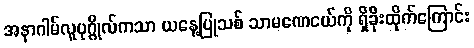
အနာဂါမ်လူပုဂ္ဂိုလ်ကသာ ယနေ့ပြုသစ် သာမဏေငယ်ကို ရှိခိုးထိုက်ကြောင်း